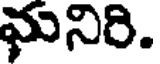
మనిరి.